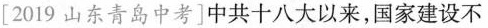
4[2019山东青岛中考]中共十八大以来，国家建设不